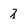
Character: z